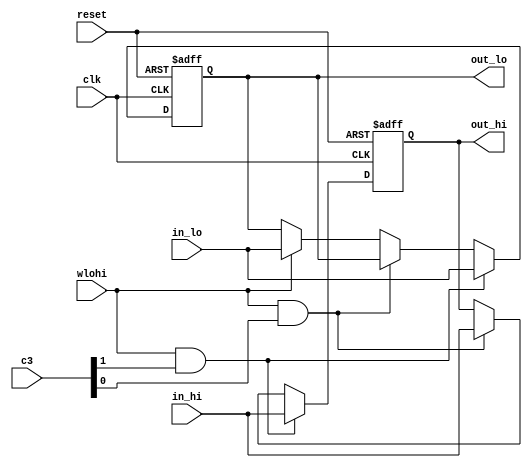
`timescale 1ns / 1ps

module HILO(clk,reset,wlohi,c3,in_lo,in_hi,out_lo,out_hi);
    input clk;
    input reset;
    input wlohi;
    input [1:0]c3;
    input [31:0] in_lo;
    input [31:0] in_hi;
    output [31:0] out_lo;
    output [31:0] out_hi;
    
    reg [31:0] lo;
    reg [31:0] hi;
    
    assign out_lo=lo;
    assign out_hi=hi;
    
    initial begin
    lo=32'b0;
    hi=32'b0;
    end
    
    always @ (negedge clk or posedge reset) begin
    if(reset) begin
        lo<=32'b0;
        hi<=32'b0;
    end
    else if(wlohi&&c3[1]) begin
        lo<=in_lo;
        hi<=in_hi;
    end
    else if(wlohi&&c3[0]) begin //hi
        lo<=lo;
        hi<=in_hi;
    end
    else if(wlohi) begin //lo
        lo<=in_lo;
        hi<=hi;
    end
    else begin
        lo<=lo;
        hi<=hi;
    end
    end
    
endmodule